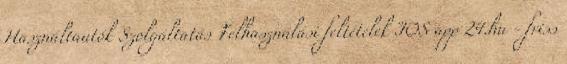
Használtautók Szolgáltatás Felhasználási feltételek IOS app 24.hu - friss